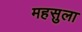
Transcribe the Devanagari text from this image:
महसुला